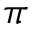
\pi